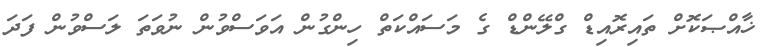
ޚާއްޞަކޮށް ތައިރޮއިޑް ގްލޭންޑް ގެ މަސައްކަތް ހިންގުން އަވަސްވުން ނުވަތަ ލަސްވުން ފަދަ